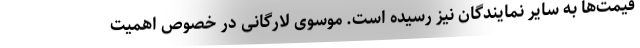
قیمت‌ها به سایر نمایندگان نیز رسیده است. موسوی لارگانی در خصوص اهمیت